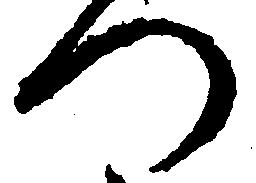
つ